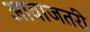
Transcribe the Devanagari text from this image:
आवाजतरी